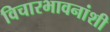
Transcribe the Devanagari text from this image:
विचारभावनांशी